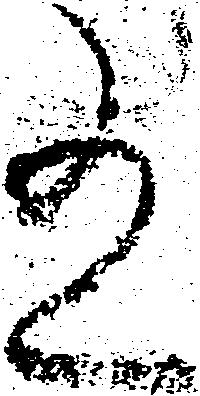
有